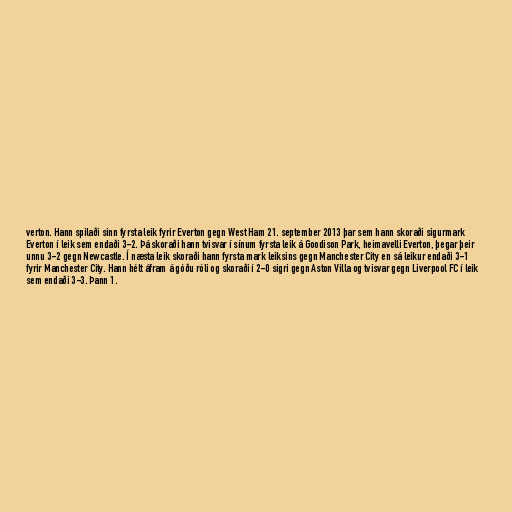
verton. Hann spilaði sinn fyrsta leik fyrir Everton gegn West Ham 21. september 2013 þar sem hann skoraði sigurmark
Everton í leik sem endaði 3-2. Þá skoraði hann tvisvar í sínum fyrsta leik á Goodison Park, heimavelli Everton, þegar þeir
unnu 3-2 gegn Newcastle. Í næsta leik skoraði hann fyrsta mark leiksins gegn Manchester City en sá leikur endaði 3-1
fyrir Manchester City. Hann hélt áfram á góðu róli og skoraði í 2-0 sigri gegn Aston Villa og tvisvar gegn Liverpool FC í leik
sem endaði 3-3. Þann 1.